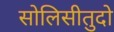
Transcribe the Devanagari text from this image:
सोलिसीतुदो